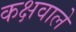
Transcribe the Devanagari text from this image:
कक्षवाले